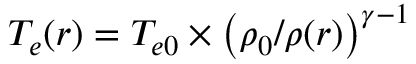
T _ { e } ( r ) = T _ { e 0 } \times \left( \rho _ { 0 } / \rho ( r ) \right) ^ { \gamma - 1 }